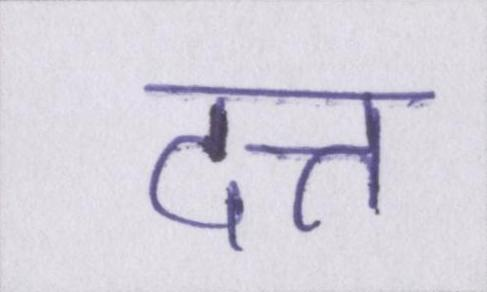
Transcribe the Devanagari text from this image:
दत्त